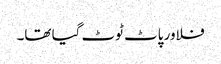
فلاور پاٹ ٹوٹ گیا تھا۔